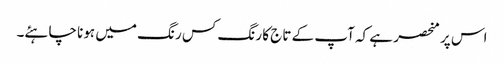
اس پر منحصر ہے کہ آپ کے تاج کا رنگ کس رنگ میں ہونا چاہئے۔